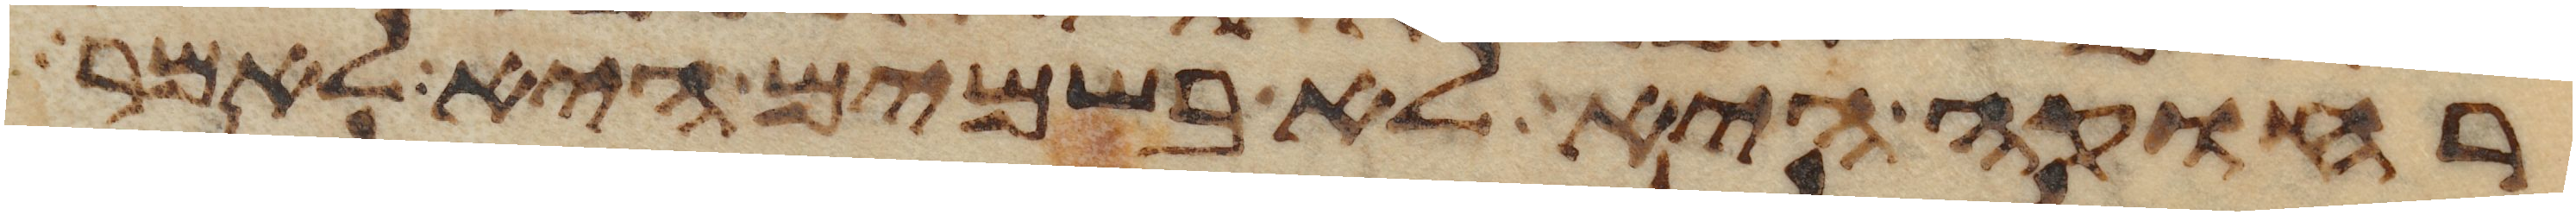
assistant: רחוקה היא לא בשמים היא לאמר